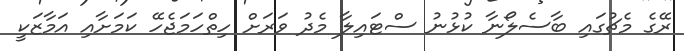
ރޭގެ މެޗުގައި ބާސެލޯނާ ކުޅުނު ސްޓައިލާ މެދު ވަރަށް ހިތްހަމަޖެހޭ ކަމަށާއި އަމާޒަކީ